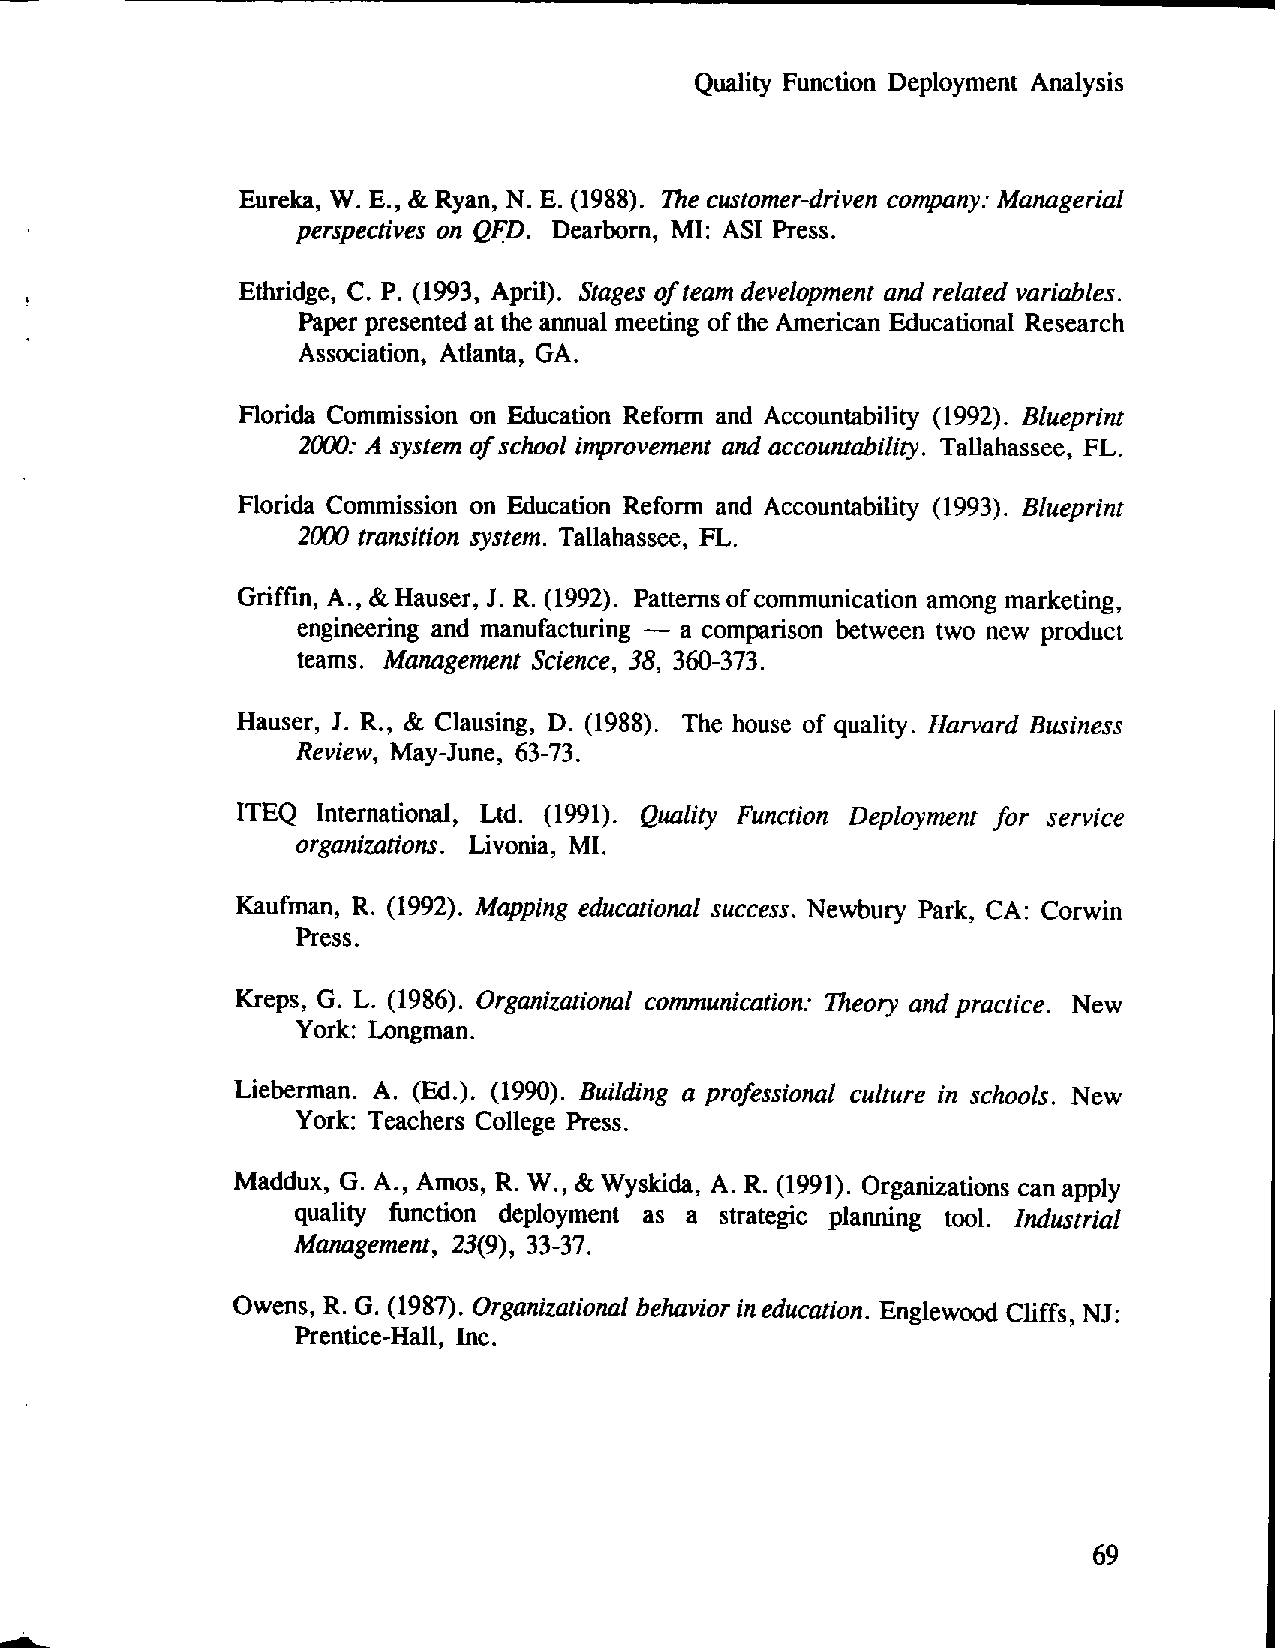
Quality Function Deployment Analysis
 Eureka, W. E., & Ryan, N. E. (1988). The customer-driven company: Managerial
 perspectives on QFD. Dearborn, MI: ASI Press.
 Ethridge, C. P. (1993, April). Stages of team development and related variables.
 Paper presented at the annual meeting of the American Educational Research
 Association, Atlanta, GA.
 Florida Commission on Education Reform and Accountability (1992). Blueprint
 2()()(): A system of school improvement and accountability. Tallahassee, FL.
 Florida Commission on Education Reform and Accountability (1993). Blueprint
 2()()()transition system. Tallahassee, FL.
 Griffin, A., &Hauser, J. R. (1992). Patterns of communication among marketing,
 engineering and manufacturing - a comparison between two new product
 teams. Management Science, 38, 360-373.
 Hauser, J. R., & Clausing, D. (1988). The house of quality. Harvard Business
 Review, May-June, 63-73.
 ITEQ International, Ltd. (1991). Quality Function Deployment for service
 organizations. Livonia, MI.
 Kaufman, R. (1992). Mapping educational success. Newbury Park, CA: Corwin
 Press.
 Kreps, G. L. (1986). Organizational communication: Theory and practice. New
 York: Longman.
 Lieberman. A. (Ed.). (1990). Building a professional culture in schools. New
 York: Teachers College Press.
 Maddux, G. A., Amos, R.W., & Wyskida, A. R. (1991). Organizations can apply
 quality function deployment as a strategic planning tool. Industrial
 Management, 23(9), 33-37.
 Owens, R. G. (1987). Organizational behavior ineducation. Englewood Cliffs, NJ:
 Prentice-Hall, Inc.
 69